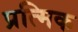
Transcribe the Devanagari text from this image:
प्रत्मिक